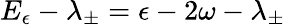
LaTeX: E_{\epsilon}-\lambda_{\pm}=\epsilon-2\omega-\lambda_{\pm}